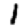
Digit: 1